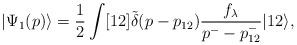
LaTeX: \begin{align*}|\Psi_1(p) \rangle = \frac{1}{2} \int [12] \tilde{\delta} (p-p_{12})\frac{f_\lambda}{p^- - p^-_{12}} |12\rangle,\end{align*}